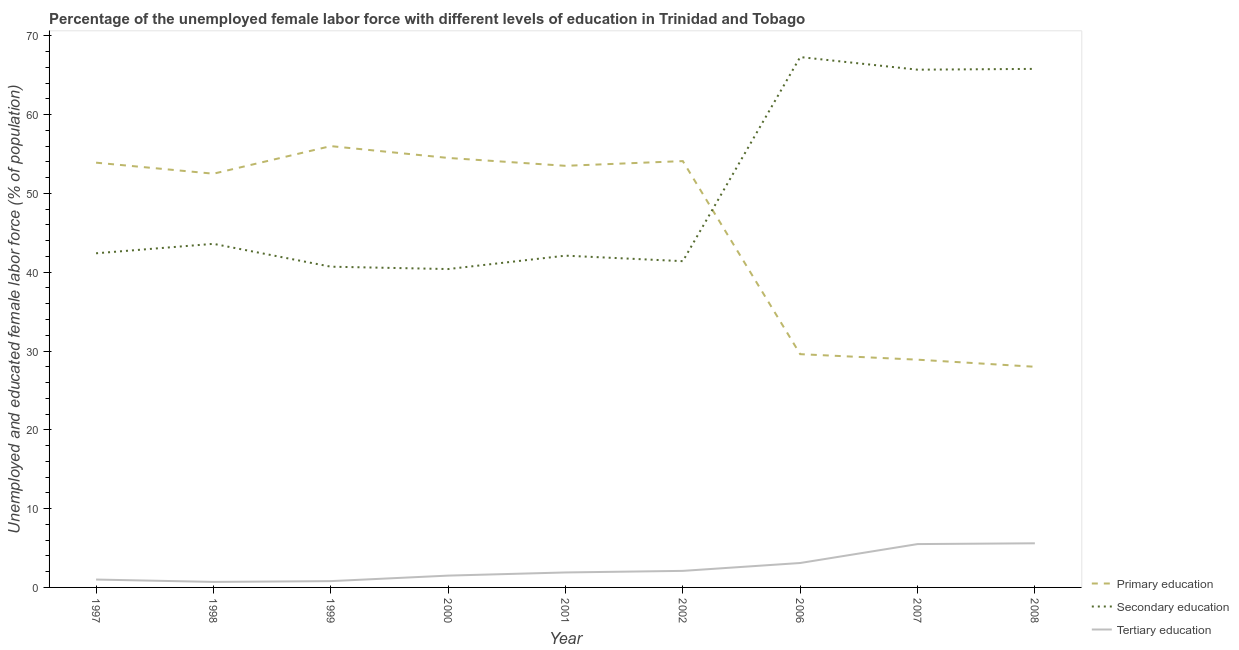
| Year | Primary education | Secondary education | Tertiary education |
 | --- | --- | --- | --- |
 | 1997 | 53.9 | 42.4 | 1 |
 | 1998 | 52.5 | 43.6 | 0.7 |
 | 1999 | 56 | 40.7 | 0.8 |
 | 2000 | 54.5 | 40.4 | 1.5 |
 | 2001 | 53.5 | 42.1 | 1.9 |
 | 2002 | 54.1 | 41.4 | 2.1 |
 | 2006 | 29.6 | 67.3 | 3.1 |
 | 2007 | 28.9 | 65.7 | 5.5 |
 | 2008 | 28 | 65.8 | 5.6 |